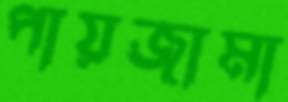
পায়জামা